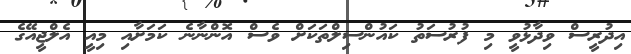
އިދުރީސް ވިދާޅުވީ މި ފުރުސަތު ކައުންސިލްތަކަށް ވެސް އޮންނާނެ ކަމަށާއި މިއީ އެލްޖީއޭގެ